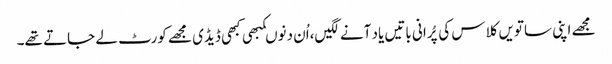
مجھے اپنی ساتویں کلاس کی پُرانی باتیں یاد آنے لگیں،اُن دنوںکبھی کبھی ڈیڈی مجھے کورٹ لے جاتے تھے۔